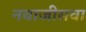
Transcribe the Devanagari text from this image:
नवाजीसवा